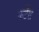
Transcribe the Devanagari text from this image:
कर्टेंस